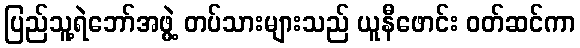
ပြည်သူ့ရဲဘော်အဖွဲ့ တပ်သားများသည် ယူနီဖောင်း ဝတ်ဆင်ကာ